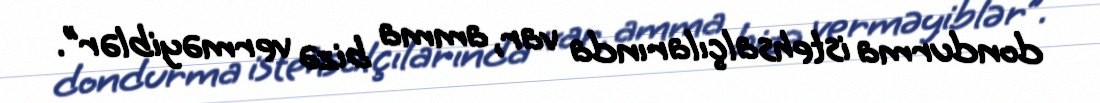
dondurma istehsalçılarında var, amma bizə verməyiblər”.